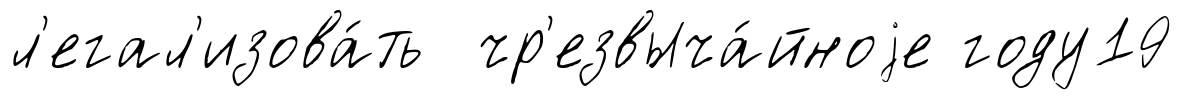
л'егал'изова́ть чр'езвыча́йноjе году19